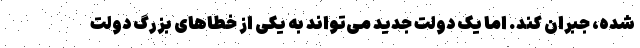
شده، جبران کند. اما یک دولت جدید می‌تواند به یکی از خطاهای بزرگ دولت